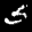
Label: 5